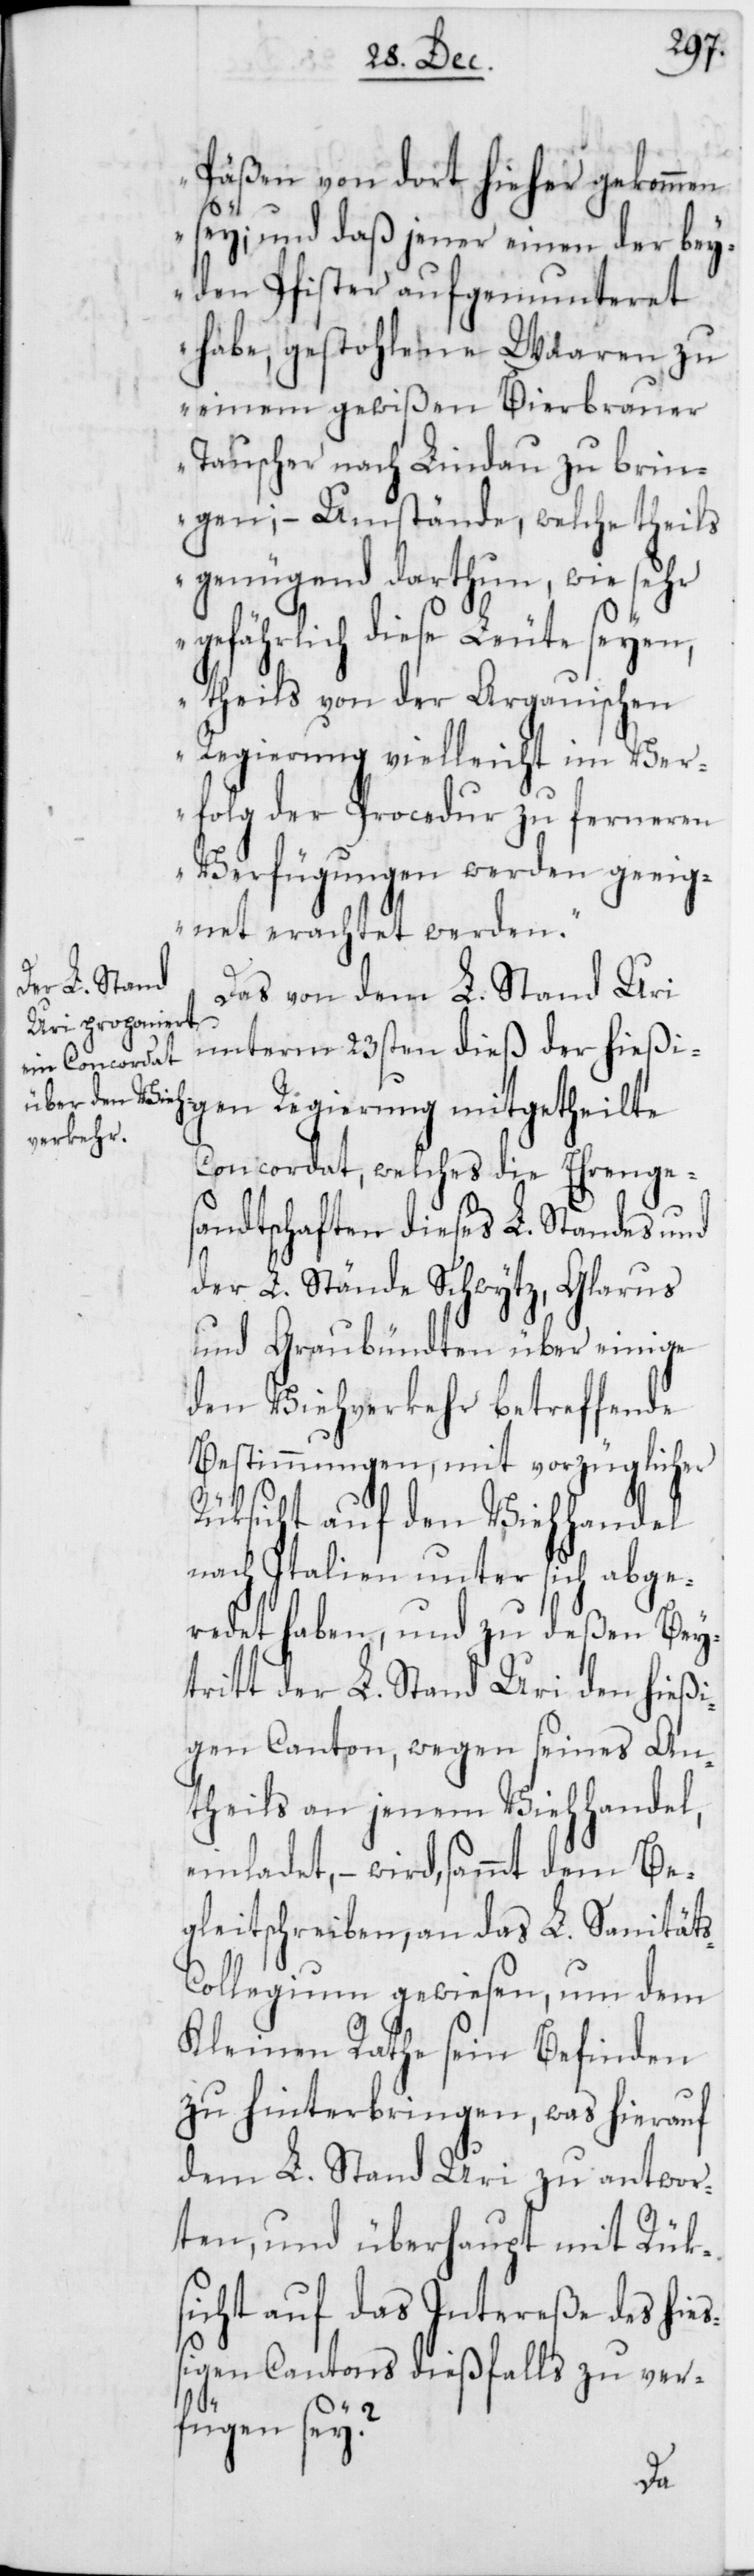
Päßen von dort hieher gekommen
sey; und daß jener einen der bey¬
den Pfister aufgemunteret
habe, gestohlene Waaren zu
einem gewißen Bierbrauer
Tauscher nach Lindau zu brin¬
gen; – Umstände, welche theils
genügend darthun, wie sehr
gefährlich diese Leute seyen,
theils von der Argauischen
Regierung vielleicht im Ver¬
folg der Procedur zu ferneren
Verfügungen werden geeig¬
net erachtet werden.“
Das von dem L. Stand Uri
unterm 23sten dieß der hießi¬
Concordat, welches die
abge¬
sandtschaft dieses L.
des und
der L. Stände Schwytz,
und Graubündten
den Viehverkehr
Bestimmungen, mit
Rüksicht auf den
nach Italien un¬
redet haben, und zu
Be¬
tritt der L. Stand Uri
ß¬
igen Canton, wegen
An¬
theils an jenem Vi¬
einladet, –
gleitschreiben an
Kleinen Rathe sein Befinden
zu hinterbringen, was hierauf
dem L. Stand Uri zu antwor¬
ten, und überhaupt mit Rüks¬
icht auf das Intereße des hieß¬
igen Cantons dießfalls zu ver¬
fügen sei?
dem

L.